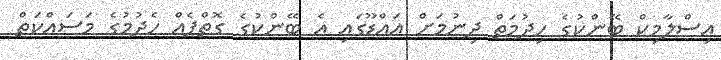
އިސްލާމިކް ބޭންކުގެ ހިދުމަތް ދިނުމަށް އައްޑޫގައި އެ ބޭންކުގެ ގޮތްޕެއް ހެދުމުގެ މަސައްކަތް